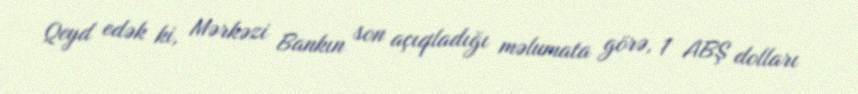
Qeyd edək ki, Mərkəzi Bankın son açıqladığı məlumata görə, 1 ABŞ dolları